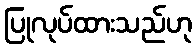
ပြုလုပ်ထားသည်ဟု